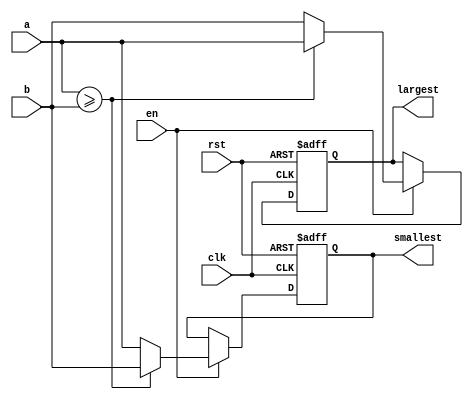

module swapper#(parameter width = 8)
(
	input								  en,
	input 				          clk,
	input					          rst,
	input 		     [width-1:0]  a,
	input 			  [width-1:0]  b, 
	output reg  [width-1:0] largest,
   output reg  [width-1:0] smallest
	
);

always@(posedge clk,negedge rst) 
begin 
	if(!rst) 
		begin 
			largest <= 0; 
			smallest <= 0;
		end
	else if(en)
		begin 
			if(a >= b)
				begin
					largest  <= a; 
					smallest <= b; 
				end
			else 
				begin 
					largest  <= b; 
					smallest <= a;			
				end	
		end
	else 
		begin 
			largest <= largest;
			smallest <= smallest;
		end
end
endmodule